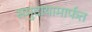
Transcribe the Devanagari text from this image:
समुदायामार्फत